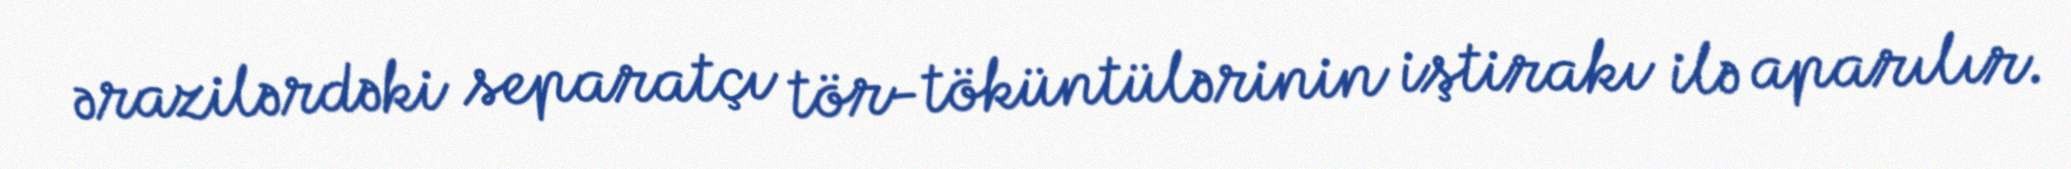
ərazilərdəki separatçı tör-töküntülərinin iştirakı ilə aparılır.